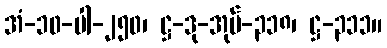
အံ-၁၀-ပါ-၂၅၀၊ ဋ္ဌ-ဒု-အုပ်-၃၁၈၊ ဋ္ဌ-၃၁၁။